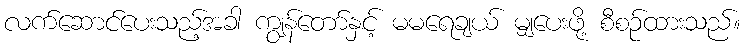
လက်ဆောင်ပေးသည့်အခါ ကျွန်တော်နှင့် မမရေချယ် မျှပေးဖို့ စီစဉ်ထားသည်။